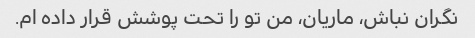
نگران نباش، ماریان، من تو را تحت پوشش قرار داده ام.